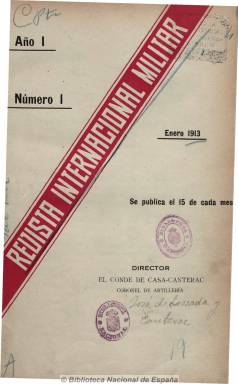
Título: Revista internacional militar
Colección: Fuerzas armadas
Ámbito geográfico: Madrid
Lugar de publicación: Madrid
Fechas: 15/01/1913-15/12/1913

Publicación eminentemente técnica y táctica, de organización y armamento, así como de acontecimientos militares contemporáneos, a través de artículos traducidos de revistas y periódicos de carácter militar, sobre todo alemanes, pero también belgas, estadounidenses, ingleses, italianos, suizos, daneses, franceses, y algún portugués. Apareció el día quince de cada mes, desde enero a diciembre de 1913, en doce entregas en torno al medio centenar de páginas cada una, con foliación continuada semestral, estampada a una columna y sin ninguna ilustración.

Fue dirigida y editada por el coronel de Artillería José de Losa y Canterac, conde de Casa-Canterac, autor de diversas obras sobre técnicas militares, que publica una serie de Comentarios sobre los temas tratados en la revista. Esta cuenta también con una sección de Información militar internacional (de Austria-Hungría, Estados Unidos, Francia, Italia, Japón o Portugal) y ofrece alguna nota bibliográfica.

En las entregas de junio y septiembre inserta, al final, los índices de los artículos publicados en cada semestre, así como el listado de sus fuentes hemerográficas. Aparecen artículos sobre principios de combate de la artillería rusa, la guerra aérea de la artillería inglesa, una versión japonesa del asedio de Puerto Arturo, sobre bombas, espoletas mecánicas, cañones o ametralladoras, sobre las causas de los desastres turcos a través de la prensa alemana y extranjera, el combate de aeroplanos y aerostatos alemanes, proyectiles de infantería, el combate a pie de la caballería rusa, la reorganización de las tropas técnicas de Austria-Hungría o enseñanzas de la guerra balcánica, entre otros muchos.